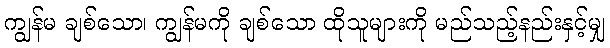
ကျွန်မ ချစ်သော၊ ကျွန်မကို ချစ်သော ထိုသူများကို မည်သည့်နည်းနှင့်မျှ